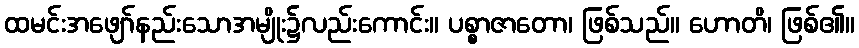
ထမင်းအဖျော်နည်းသောအမျိုး၌လည်းကောင်း။ ပစ္စာဇာတော၊ ဖြစ်သည်။ ဟောတိ၊ ဖြစ်၏။